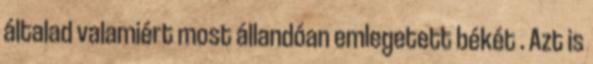
általad valamiért most állandóan emlegetett békét . Azt is